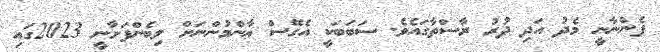
ފެންނާނީ މެދު އަދި ދުރު ރާސްތާގައެވެ. ސަބަބަކީ އެގޭސް ޢާންމުންނަށް ލިބެންފަށާނީ 2023ގައި